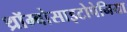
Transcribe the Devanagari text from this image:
थ्रॉम्बोसाइटोपेनिया